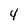
Character: 4